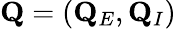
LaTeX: \mathbf{Q}=(\mathbf{Q}_{E},\mathbf{Q}_{I})